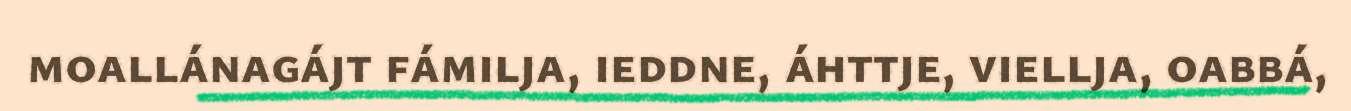
moallánagájt fámilja, ieddne, áhttje, viellja, oabbá,